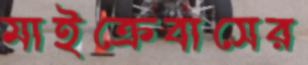
মাইক্রেবাসের